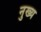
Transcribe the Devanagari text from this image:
नुख्य